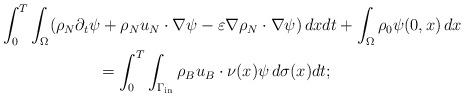
LaTeX: \begin{align*}&\int^{T}_0\int_{\Omega}(\rho_{N}\partial_t\psi+\rho_{N} u_{N}\cdot\nabla\psi-\varepsilon\nabla\rho_{N}\cdot \nabla\psi)\,dxdt+\int_{\Omega}\rho_0\psi(0,x)\,dx\\&\qquad\qquad\qquad=\int_0^T\int_{\Gamma_{\rm{in}}}\rho_B u_B\cdot \nu(x)\psi\,d\sigma(x)dt;\end{align*}